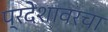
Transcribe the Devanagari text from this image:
प्रदेशावरचा